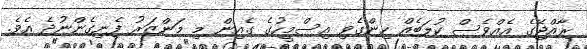
ރާއްޖޭގެ އެއްވެސް ކުލަބެއް ހިންގެވި އިސްމީހުގެ ގެއިން މި މަންޒަރު ފެނިގެންނުދެ އެވެ.